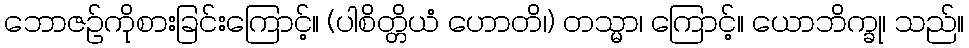
ဘောဇဉ်ကိုစားခြင်းကြောင့်။ (ပါစိတ္တိယံ ဟောတိ၊) တသ္မာ၊ ကြောင့်။ ယောဘိက္ခု၊ သည်။